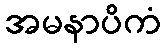
အမနာပိကံ